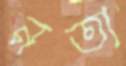
নতা